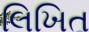
લિખિત